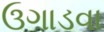
ઉગાડવા